Annual administration and progress report of the Indian Medical Department, Bombay
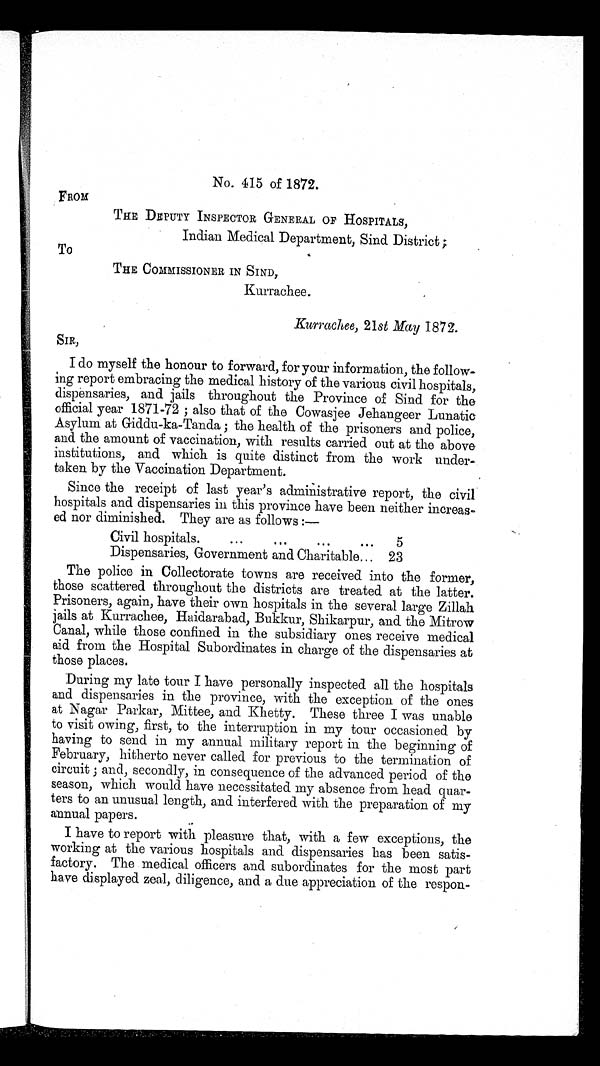
No. 415 of 1872.
FROM
THE DEPUTY INSPECTOR GENERAL OF HOSPITALS,
Indian Medical Department, Sind District ;
To
THE COMMISSIONER IN SIND,
Kurrachee.
Kurrachee, 21st May 1872.
SIR,
I do myself the honour to forward, for your information, the follow
-ing report embracing the medical history of the various civil hospitals,
dispensaries, and jails throughout the Province of Sind for the
official year 1871-72 ; also that of the Cowasjee Jehangeer Lunatic
Asylum at Giddu-ka-Tanda ; the health of the prisoners and police,
and the amount of vaccination, with results carried out at the above
institutions, and which is quite distinct from the work under
-taken by the Vaccination Department.
Since the receipt of last year's administrative report, the civil
hospitals and dispensaries in this province have been neither increas
-ed nor diminished. They are as follows
:—
Civil hospitals.
5
Dispensaries, Government and Charitable 23
The police in Collectorate towns are received into the former,
those scattered throughout the districts are treated at the latter.
Prisoners, again, have their own hospitals in the several large Zillah
jails at Kurrachee, Haidarabad, Bukkur, Shikarpur, and the Mitrow
Canal, while those confined in the subsidiary ones receive medical
aid from the Hospital Subordinates in charge of the dispensaries at
those places.
During my late tour I have personally inspected all the hospitals
and dispensaries in the province, with the exception of the ones
at Nagar Parkar, Mittee, and Khetty. These three I was unable
to visit owing, first, to the interruption in my tour occasioned by
having to send in my annual military report in the beginning of
February, hitherto never called for previous to the termination of
circuit ; and, secondly, in consequence of the advanced period of the
season, which would have necessitated my absence from head quar
-ters to an unusual length, and interfered with the preparation of my
annual papers.
I have to report with pleasure that, with a few exceptions, the
working at the various hospitals and dispensaries has been satis
-factory. The medical officers and subordinates for the most part
have displayed zeal, diligence, and a due appreciation of the respon-